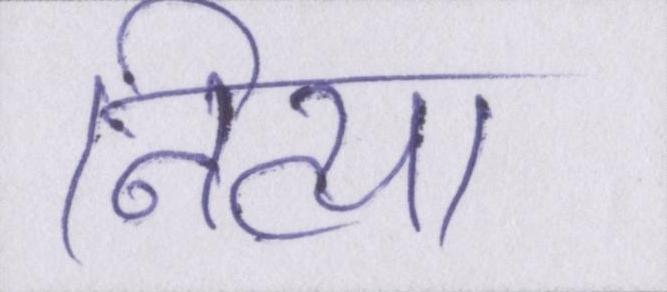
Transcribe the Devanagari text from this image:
निव्या